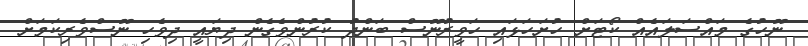
ނޫހުގެ މައްސަލައެއް ކޯޓަށް ހުށަހަޅައި ހަވީރުނޫސް ބަންދު ކުރުންވެގެން ދިޔައީ ދިވެހި ނޫސްވެރިކަމަށް